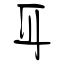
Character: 耳